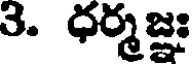
3. ధర్మజ్ఞః